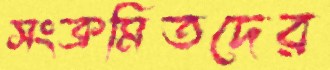
সংক্রমিতদের